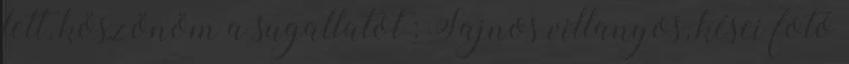
lett, köszönöm a sugallatot : Sajnos villanyos, kései fotó